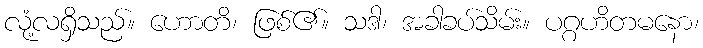
လုံ့လရှိသည်။ ဟောတိ၊ ဖြစ်၏။ သဒါ၊ အခါခပ်သိမ်း။ ပဂ္ဂဟိတမနော၊